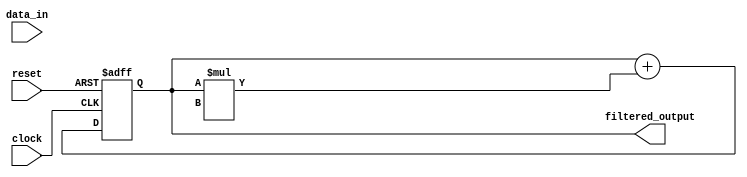
module iir_filter (
    input clock,
    input reset,
    input [7:0] data_in,
    output reg [15:0] filtered_output
    );

reg [15:0] accumulator;

// Coefficients for arithmetic operations
reg [7:0] coefficient_add;
reg [7:0] coefficient_mult;

// Feedback loop coefficients
reg [15:0] feedback_coefficient;

always @(posedge clock or posedge reset) begin
    if (reset) begin
        accumulator <= 16'b0;
    end else begin
        // Perform addition operation
        accumulator <= accumulator + (data_in * coefficient_mult + coefficient_add);

        // Apply feedback loop
        accumulator <= accumulator + (filtered_output * feedback_coefficient);
    end
end

assign filtered_output = accumulator;

endmodule